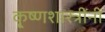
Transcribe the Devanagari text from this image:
कृ्ष्णशास्त्रींनी